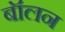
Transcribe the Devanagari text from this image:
बॉलन